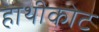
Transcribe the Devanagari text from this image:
हाथीकोट